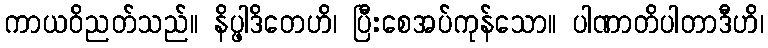
ကာယဝိညတ်သည်။ နိပ္ဖါဒိတေဟိ၊ ပြီးစေအပ်ကုန်သော။ ပါဏာတိပါတာဒီဟိ၊